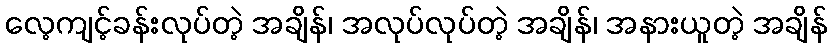
လေ့ကျင့်ခန်းလုပ်တဲ့ အချိန်၊ အလုပ်လုပ်တဲ့ အချိန်၊ အနားယူတဲ့ အချိန်